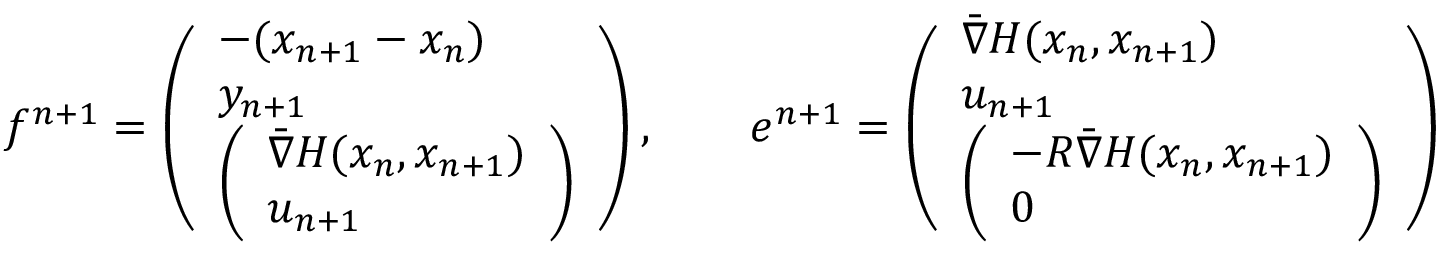
f ^ { n + 1 } = \left( \begin{array} { l } { - ( x _ { n + 1 } - x _ { n } ) } \\ { y _ { n + 1 } } \\ { \left( \begin{array} { l } { \bar { \nabla } H ( x _ { n } , x _ { n + 1 } ) } \\ { u _ { n + 1 } } \end{array} \right) } \end{array} \right) , \qquad e ^ { n + 1 } = \left( \begin{array} { l } { \bar { \nabla } H ( x _ { n } , x _ { n + 1 } ) } \\ { u _ { n + 1 } } \\ { \left( \begin{array} { l } { - R \bar { \nabla } H ( x _ { n } , x _ { n + 1 } ) } \\ { 0 } \end{array} \right) } \end{array} \right)